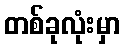
တစ်ခုလုံးမှာ